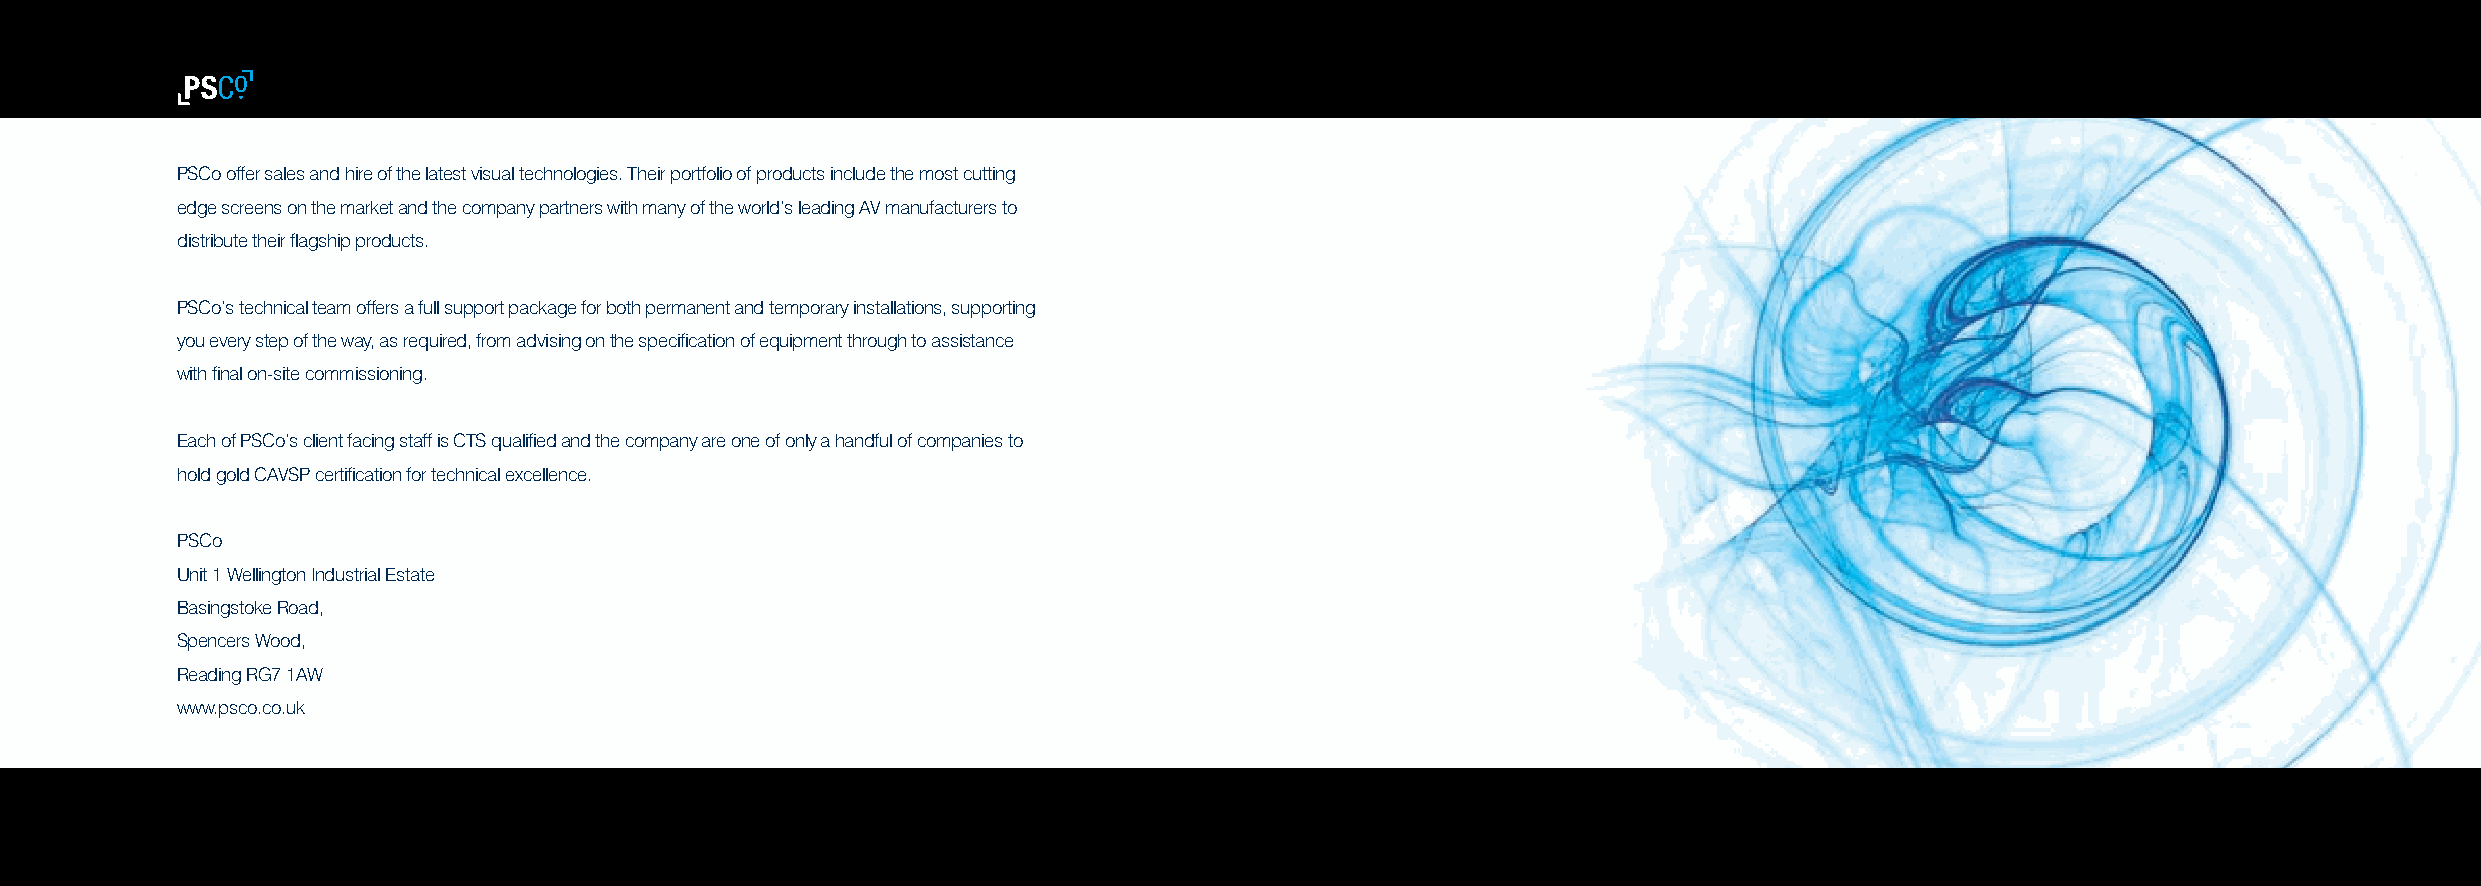
PSCo offer sales and hire of the latest visual technologies. Their portfolio of products include the most cutting
 edge screens on the market and the company partners with many of the world’s leading AV manufacturers to
 distribute their flagship products.
 PSCo’s technical team offers a full support package for both permanent and temporary installations, supporting
 you every step of the way, as required, from advising on the specification of equipment through to assistance
 with final on-site commissioning.
 Each of PSCo’s client facing staff is CTS qualified and the company are one of only a handful of companies to
 hold gold CAVSP certification for technical excellence.
 PSCo
 Unit 1 Wellington Industrial Estate
 Basingstoke Road,
 Spencers Wood,
 Reading RG7 1AW
 www.psco.co.uk